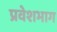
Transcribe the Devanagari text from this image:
प्रवेशभाग